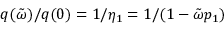
q ( \tilde { \omega } ) / q ( 0 ) = 1 / \eta _ { 1 } = 1 / ( 1 - \tilde { \omega } p _ { 1 } )